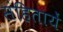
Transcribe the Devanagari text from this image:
संहितायें